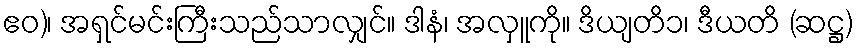
ဧဝ)၊ အရှင်မင်းကြီးသည်သာလျှင်။ ဒါနံ၊ အလှူကို။ ဒိယျတိ၁၊ ဒီယတိ (ဆဋ္ဌ)